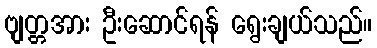
ဗျတ္တအား ဦးဆောင်ရန် ရွေးချယ်သည်။